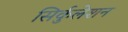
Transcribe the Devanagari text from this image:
सिर्कुलेशन